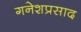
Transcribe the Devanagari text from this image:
गनेशप्रसाद